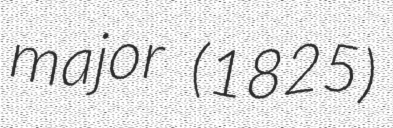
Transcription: major (1825)